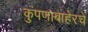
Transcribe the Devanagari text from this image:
कुंपणाबाहेरचे